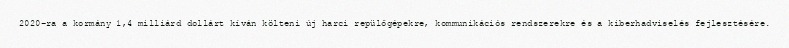
2020-ra a kormány 1,4 milliárd dollárt kíván költeni új harci repülőgépekre, kommunikációs rendszerekre és a kiberhadviselés fejlesztésére.